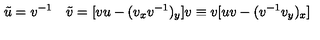
\tilde { u } = v ^ { - 1 } \quad \tilde { v } = [ v u - ( v _ { x } v ^ { - 1 } ) _ { y } ] v \equiv v [ u v - ( v ^ { - 1 } v _ { y } ) _ { x } ]